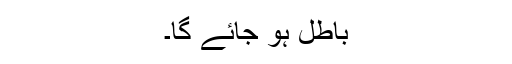
باطل ہو جائے گا۔